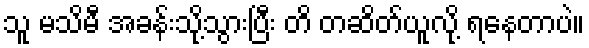
သူ မသိမီ အခန်းသို့သွားပြီး တိ တဆိတ်ယူလို့ ရနေတာပဲ။